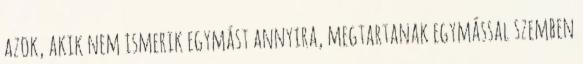
azok, akik nem ismerik egymást annyira, megtartanak egymással szemben